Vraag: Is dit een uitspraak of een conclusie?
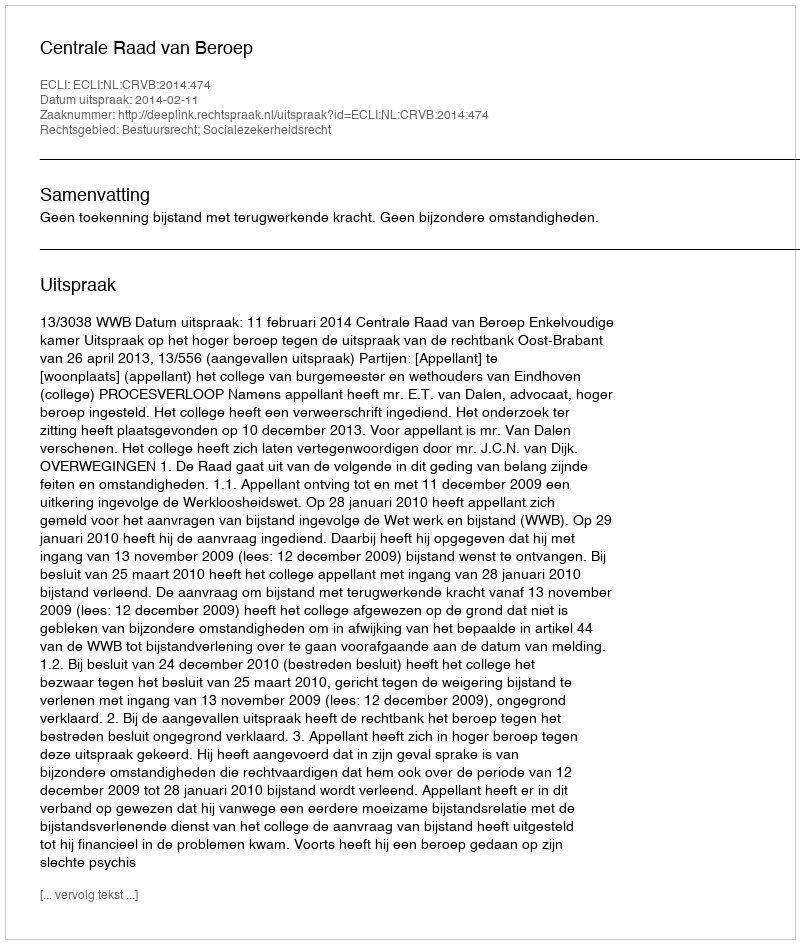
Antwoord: Uitspraak